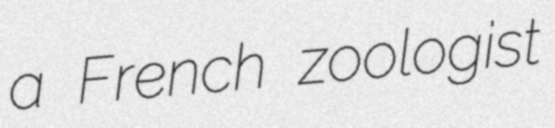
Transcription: a French zoologist